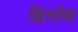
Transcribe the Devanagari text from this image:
ह्विलॉक